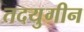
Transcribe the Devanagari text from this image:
तदयुगीन